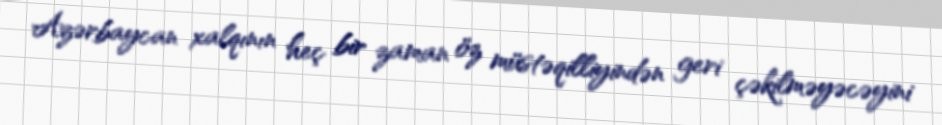
Azərbaycan xalqının heç bir zaman öz müstəqilliyindən geri çəkilməyəcəyini